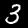
Digit: 3